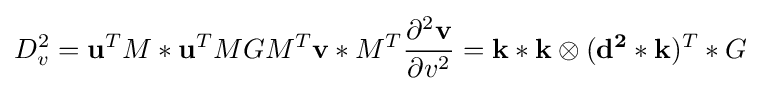
D_{v}^{2}=\mathbf {u} ^{T}M\ast \mathbf {u} ^{T}MGM^{T}\mathbf {v} \ast M^{T}{\frac {\partial ^{2}\mathbf {v} }{\partial v^{2}}}=\mathbf {k} \ast \mathbf {k} \otimes (\mathbf {d^{2}} \ast \mathbf {k} )^{T}\ast G